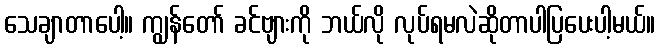
သေချာတာပေါ့။ ကျွန်တော် ခင်ဗျားကို ဘယ်လို လုပ်ရမလဲဆိုတာပါပြပေးပါ့မယ်။